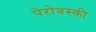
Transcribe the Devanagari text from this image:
पेरोवस्की